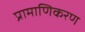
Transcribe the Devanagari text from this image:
प्रामाणिकरण